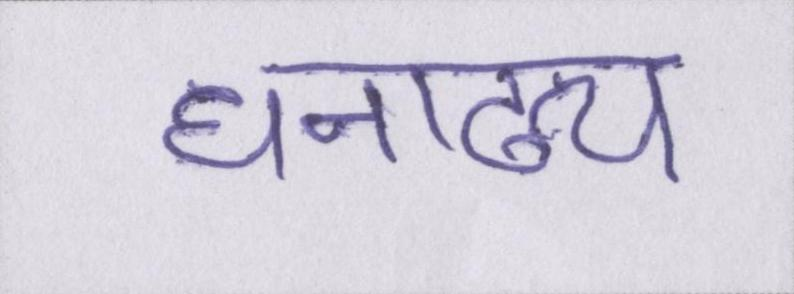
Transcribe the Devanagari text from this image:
धनाढ्य